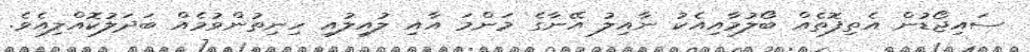
ސައިޖޯޑުން އެތިފޮތެއް ބޯލުމާއިއެކު ނާއިލު އޭނާގެ މަންމަ އާއި ލުއިލުއި ހިނިތުންވުމެއް ބަދަލުކޮއްލިއެވެ.